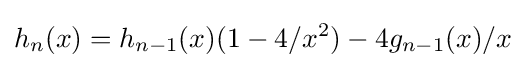
h_{n}(x)=h_{n-1}(x)(1-4/x^{2})-4g_{n-1}(x)/x